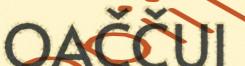
OAČČUI